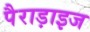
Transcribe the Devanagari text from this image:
पैराड़ाइज